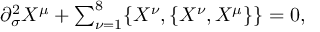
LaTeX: \begin{array} { l c r } { { \partial _ { \sigma } ^ { 2 } X ^ { \mu } + \sum _ { \nu = 1 } ^ { 8 } \{ X ^ { \nu } , \{ X ^ { \nu } , X ^ { \mu } \} \} = 0 , } } \end{array}